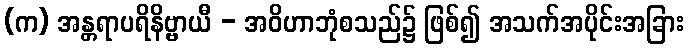
(က) အန္တရာပရိနိဗ္ဗာယီ - အဝိဟာဘုံစသည်၌ ဖြစ်၍ အသက်အပိုင်းအခြား